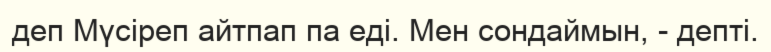
деп Мүсіреп айтпап па еді. Мен сондаймын, - депті.